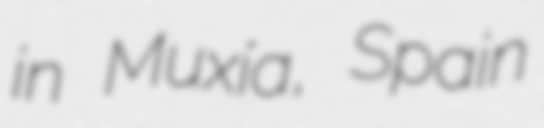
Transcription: in Muxía, Spain